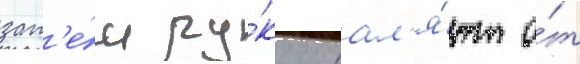
зат'е́м ру́ку отдал'я́ют о́т